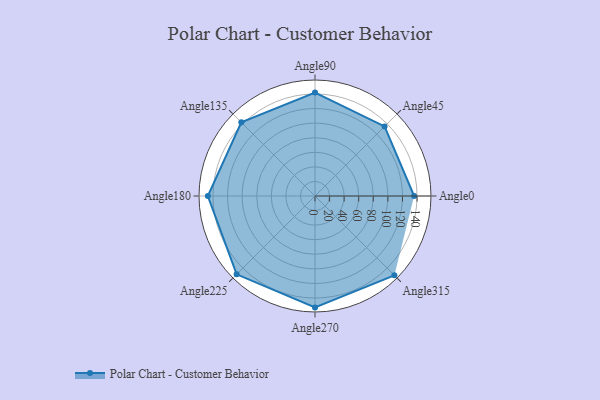
{"axis": {"x": "Angle", "y": "Radius"}, "legend": [""], "data": [{"x": "Angle0", "y": 136.0, "type": ""}, {"x": "Angle45", "y": 135.0, "type": ""}, {"x": "Angle90", "y": 142.0, "type": ""}, {"x": "Angle135", "y": 143.0, "type": ""}, {"x": "Angle180", "y": 147.0, "type": ""}, {"x": "Angle225", "y": 152.0, "type": ""}, {"x": "Angle270", "y": 153.0, "type": ""}, {"x": "Angle315", "y": 154.0, "type": ""}]}